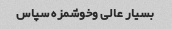
بسیار عالی وخوشمزه سپاس